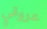
عروقي